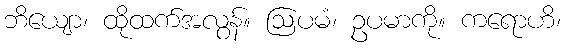
ဘိယျော၊ ထိုထက်အလွန်။ ဩပမံ၊ ဥပမာကို။ ကရောဟိ၊